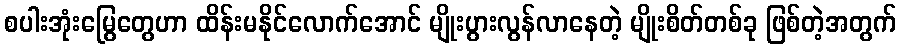
စပါးအုံးမြွေတွေဟာ ထိန်းမနိုင်လောက်အောင် မျိုးပွားလွန်လာနေတဲ့ မျိုးစိတ်တစ်ခု ဖြစ်တဲ့အတွက်